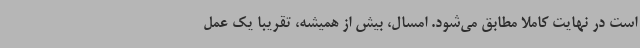
است در نهایت کاملا مطابق می‌شود. امسال، بیش از همیشه، تقریبا یک عمل